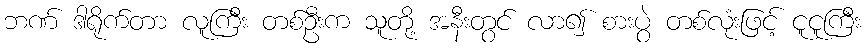
ဘဏ် ဒါရိုက်တာ လူကြီး တစ်ဦးက သူတို့ အနီးတွင် လာ၍ စားပွဲ တစ်လုံးဖြင့် ငူငူကြီး